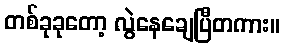
တစ်ခုခုတော့ လွဲနေချေပြီတကား။